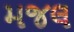
મજલ